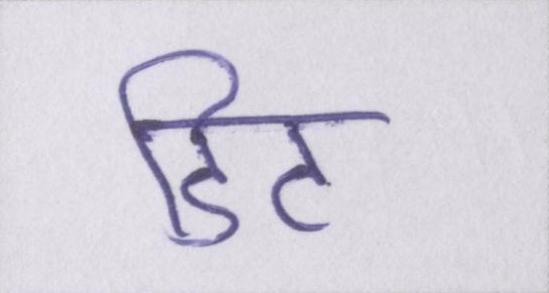
डिट